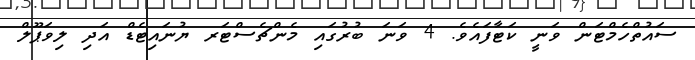
ސައުތްހެމްޓަން ވަނީ ކަޓާފައެވެ. 4 ވަނަ ބުރުގައި މެންޗެސްޓަރ ޔުނައިޓެޑް އަދި ލިވަޕޫލް